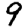
Digit: 9